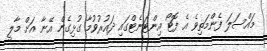
މައްސަލަ ފެންމަތިވެ އެ ފޮޓޯ އިންޓަނެޓްގައި ދައުރުވުމާ ގުޅިގެން އޭނާ އަށް މާލީ